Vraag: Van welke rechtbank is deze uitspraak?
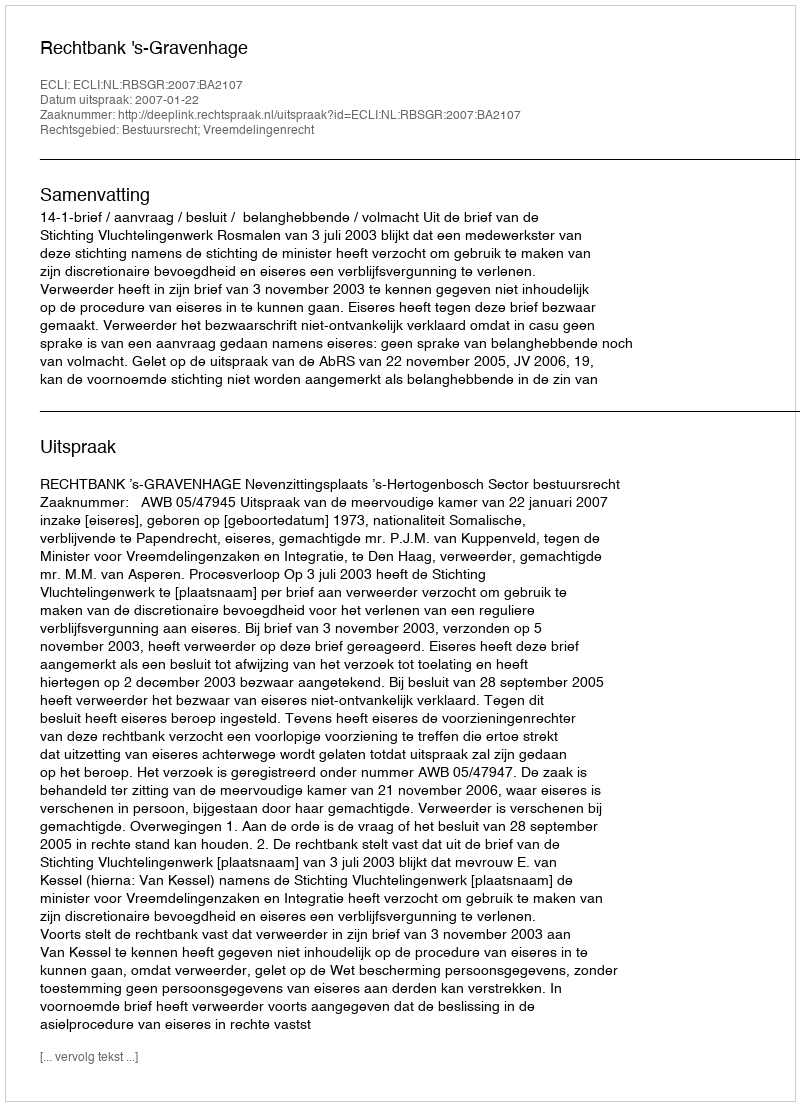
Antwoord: Rechtbank 's-Gravenhage